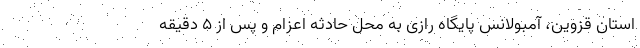
استان قزوین، آمبولانس پایگاه رازی به محل حادثه اعزام و پس از ۵ دقیقه